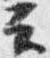
云